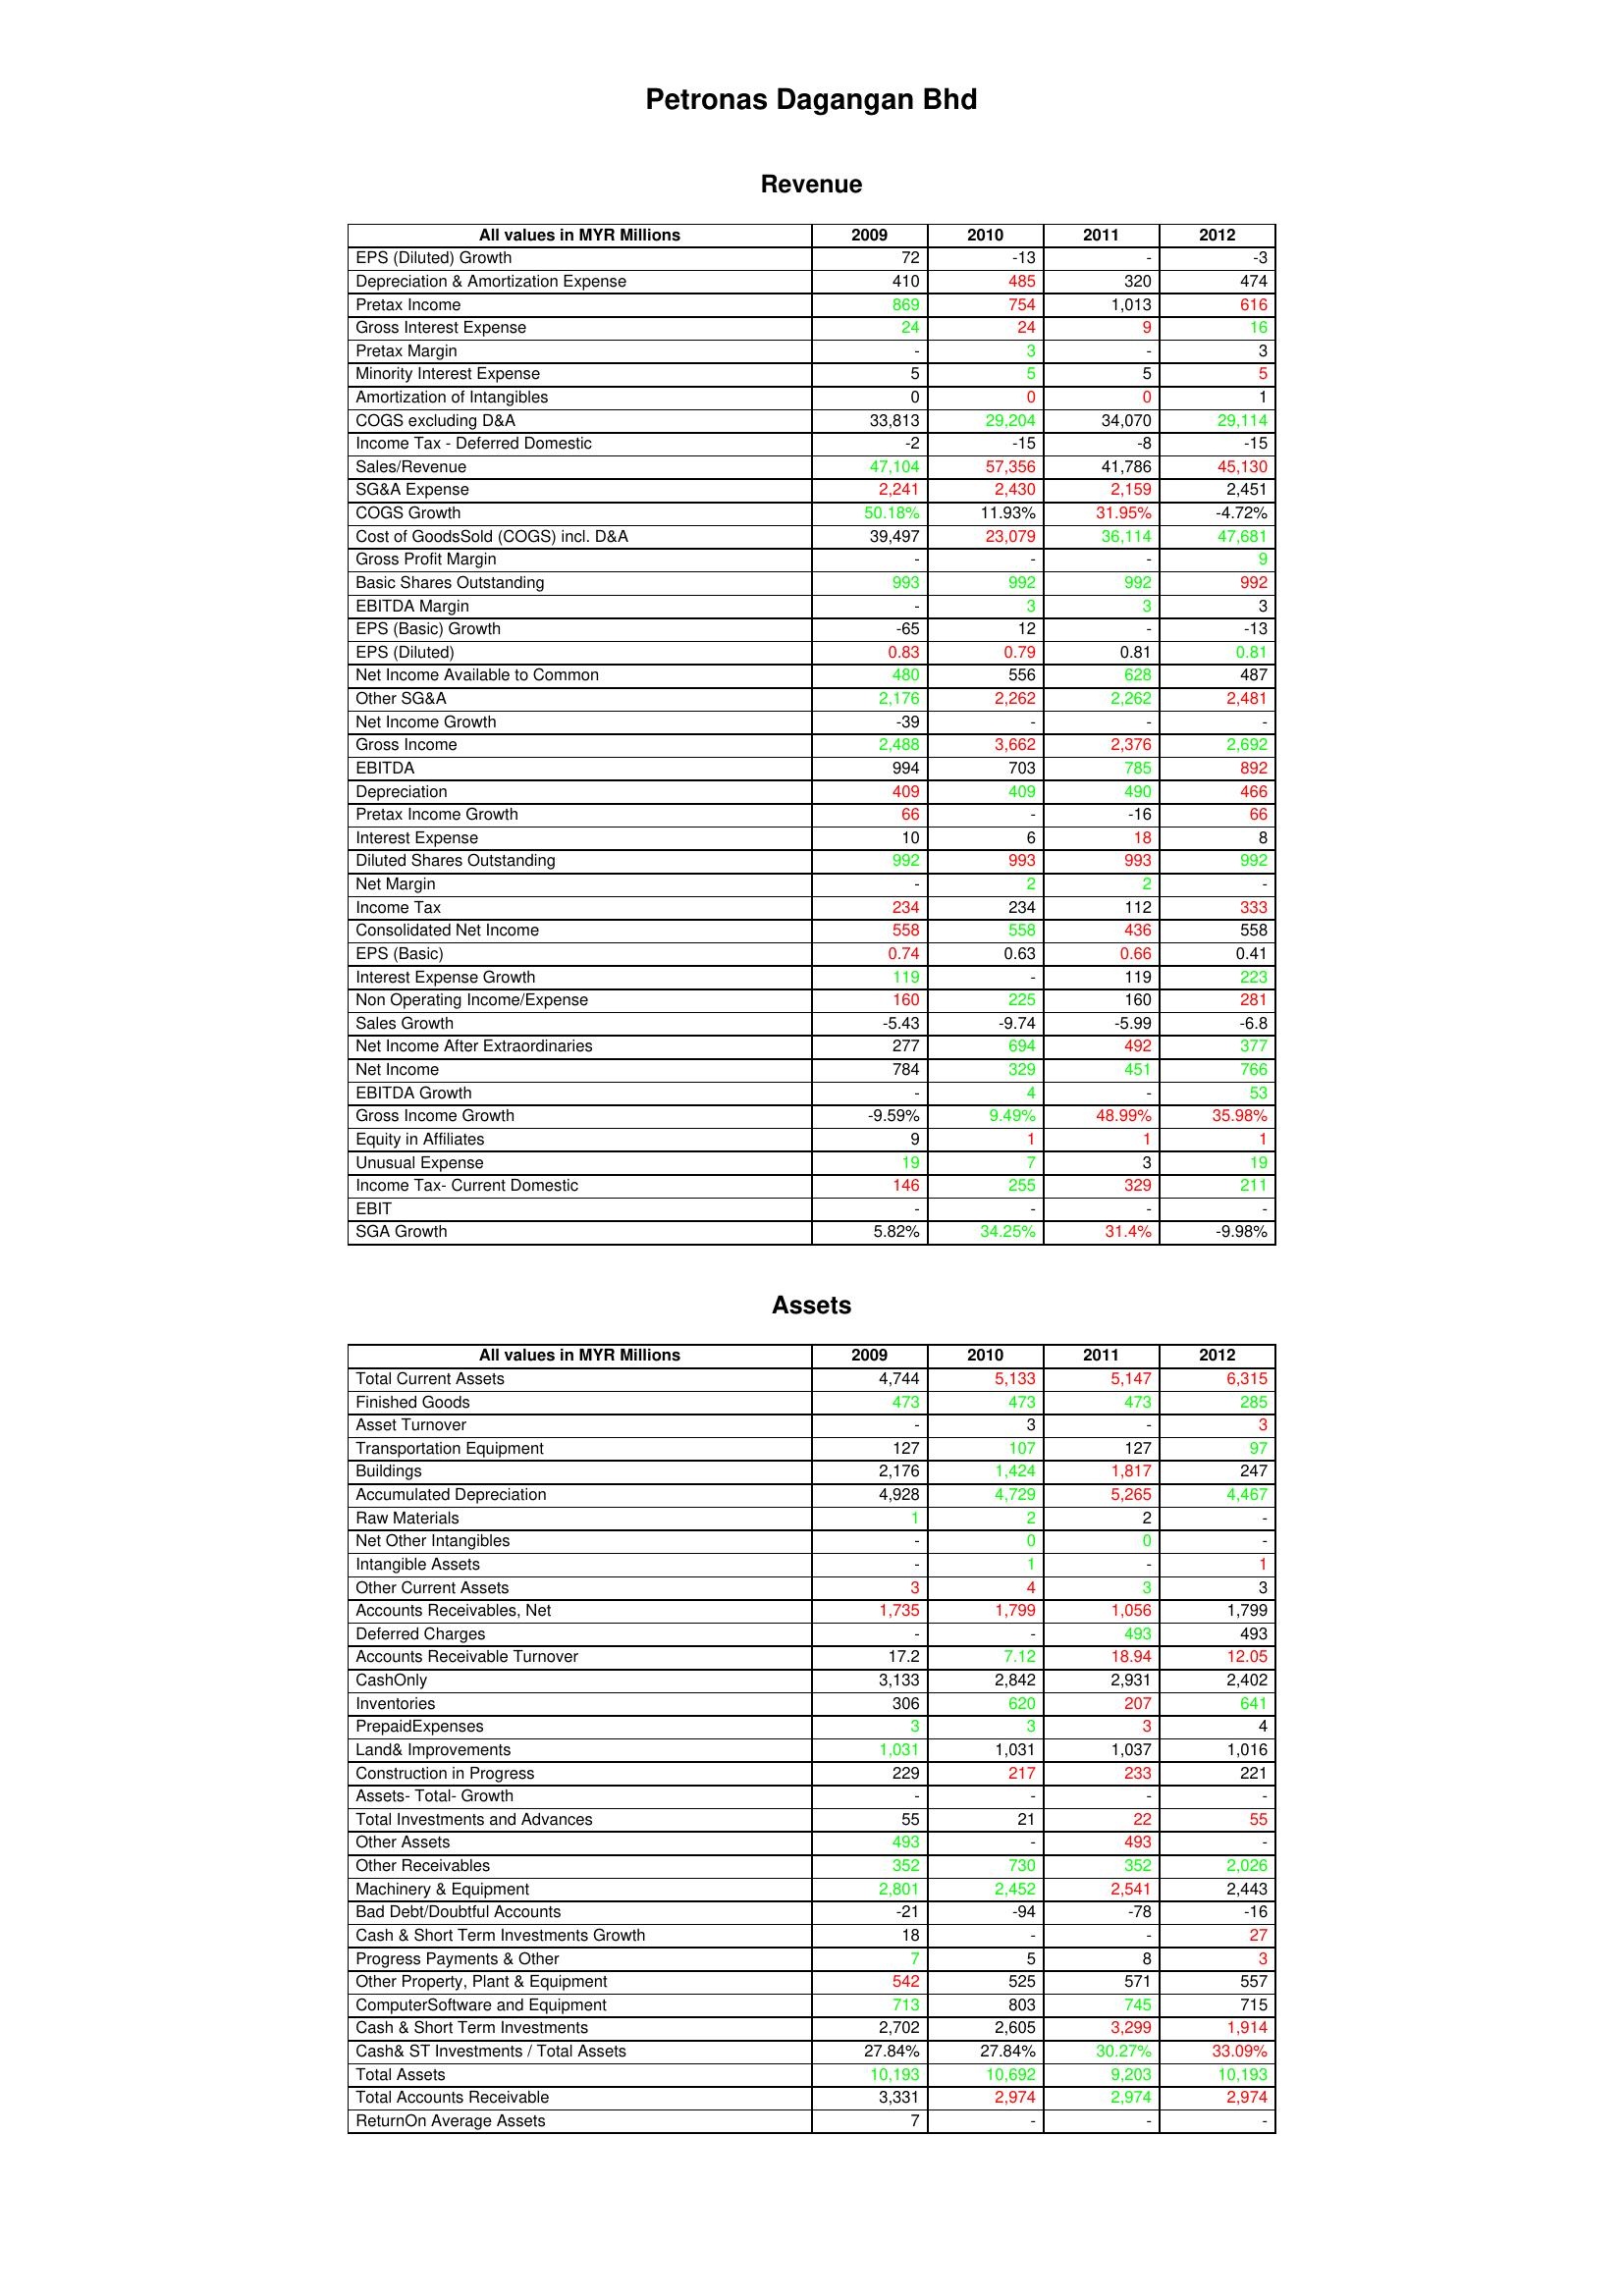
gt_parse: 2009: Revenue: EPS (Diluted) Growth: 72
Depreciation & Amortization Expense: 410
Pretax Income: 869
Gross Interest Expense: 24
Pretax Margin: -
Minority Interest Expense: 5
Amortization of Intangibles: 0
COGS excluding D&A: 33,813
Income Tax - Deferred Domestic: -2
Sales/Revenue: 47,104
SG&A Expense: 2,241
COGS Growth: 50.18%
Cost of GoodsSold (COGS) incl. D&A: 39,497
Gross Profit Margin: -
Basic Shares Outstanding: 993
EBITDA Margin: -
EPS (Basic) Growth: -65
EPS (Diluted): 0.83
Net Income Available to Common: 480
Other SG&A: 2,176
Net Income Growth: -39
Gross Income: 2,488
EBITDA: 994
Depreciation: 409
Pretax Income Growth: 66
Interest Expense: 10
Diluted Shares Outstanding: 992
Net Margin: -
Income Tax: 234
Consolidated Net Income: 558
EPS (Basic): 0.74
Interest Expense Growth: 119
Non Operating Income/Expense: 160
Sales Growth: -5.43
Net Income After Extraordinaries: 277
Net Income: 784
EBITDA Growth: -
Gross Income Growth: -9.59%
Equity in Affiliates: 9
Unusual Expense: 19
Income Tax- Current Domestic: 146
EBIT: -
SGA Growth: 5.82%
Assets: Total Current Assets: 4,744
Finished Goods: 473
Asset Turnover: -
Transportation Equipment: 127
Buildings: 2,176
Accumulated Depreciation: 4,928
Raw Materials: 1
Net Other Intangibles: -
Intangible Assets: -
Other Current Assets: 3
Accounts Receivables, Net: 1,735
Deferred Charges: -
Accounts Receivable Turnover: 17.2
CashOnly: 3,133
Inventories: 306
PrepaidExpenses: 3
Land& Improvements: 1,031
Construction in Progress: 229
Assets- Total- Growth: -
Total Investments and Advances: 55
Other Assets: 493
Other Receivables: 352
Machinery & Equipment: 2,801
Bad Debt/Doubtful Accounts: -21
Cash & Short Term Investments Growth: 18
Progress Payments & Other: 7
Other Property, Plant & Equipment: 542
ComputerSoftware and Equipment: 713
Cash & Short Term Investments: 2,702
Cash& ST Investments / Total Assets: 27.84%
Total Assets: 10,193
Total Accounts Receivable: 3,331
ReturnOn Average Assets: 7
2010: Revenue: EPS (Diluted) Growth: -13
Depreciation & Amortization Expense: 485
Pretax Income: 754
Gross Interest Expense: 24
Pretax Margin: 3
Minority Interest Expense: 5
Amortization of Intangibles: 0
COGS excluding D&A: 29,204
Income Tax - Deferred Domestic: -15
Sales/Revenue: 57,356
SG&A Expense: 2,430
COGS Growth: 11.93%
Cost of GoodsSold (COGS) incl. D&A: 23,079
Gross Profit Margin: -
Basic Shares Outstanding: 992
EBITDA Margin: 3
EPS (Basic) Growth: 12
EPS (Diluted): 0.79
Net Income Available to Common: 556
Other SG&A: 2,262
Net Income Growth: -
Gross Income: 3,662
EBITDA: 703
Depreciation: 409
Pretax Income Growth: -
Interest Expense: 6
Diluted Shares Outstanding: 993
Net Margin: 2
Income Tax: 234
Consolidated Net Income: 558
EPS (Basic): 0.63
Interest Expense Growth: -
Non Operating Income/Expense: 225
Sales Growth: -9.74
Net Income After Extraordinaries: 694
Net Income: 329
EBITDA Growth: 4
Gross Income Growth: 9.49%
Equity in Affiliates: 1
Unusual Expense: 7
Income Tax- Current Domestic: 255
EBIT: -
SGA Growth: 34.25%
Assets: Total Current Assets: 5,133
Finished Goods: 473
Asset Turnover: 3
Transportation Equipment: 107
Buildings: 1,424
Accumulated Depreciation: 4,729
Raw Materials: 2
Net Other Intangibles: 0
Intangible Assets: 1
Other Current Assets: 4
Accounts Receivables, Net: 1,799
Deferred Charges: -
Accounts Receivable Turnover: 7.12
CashOnly: 2,842
Inventories: 620
PrepaidExpenses: 3
Land& Improvements: 1,031
Construction in Progress: 217
Assets- Total- Growth: -
Total Investments and Advances: 21
Other Assets: -
Other Receivables: 730
Machinery & Equipment: 2,452
Bad Debt/Doubtful Accounts: -94
Cash & Short Term Investments Growth: -
Progress Payments & Other: 5
Other Property, Plant & Equipment: 525
ComputerSoftware and Equipment: 803
Cash & Short Term Investments: 2,605
Cash& ST Investments / Total Assets: 27.84%
Total Assets: 10,692
Total Accounts Receivable: 2,974
ReturnOn Average Assets: -
2011: Revenue: EPS (Diluted) Growth: -
Depreciation & Amortization Expense: 320
Pretax Income: 1,013
Gross Interest Expense: 9
Pretax Margin: -
Minority Interest Expense: 5
Amortization of Intangibles: 0
COGS excluding D&A: 34,070
Income Tax - Deferred Domestic: -8
Sales/Revenue: 41,786
SG&A Expense: 2,159
COGS Growth: 31.95%
Cost of GoodsSold (COGS) incl. D&A: 36,114
Gross Profit Margin: -
Basic Shares Outstanding: 992
EBITDA Margin: 3
EPS (Basic) Growth: -
EPS (Diluted): 0.81
Net Income Available to Common: 628
Other SG&A: 2,262
Net Income Growth: -
Gross Income: 2,376
EBITDA: 785
Depreciation: 490
Pretax Income Growth: -16
Interest Expense: 18
Diluted Shares Outstanding: 993
Net Margin: 2
Income Tax: 112
Consolidated Net Income: 436
EPS (Basic): 0.66
Interest Expense Growth: 119
Non Operating Income/Expense: 160
Sales Growth: -5.99
Net Income After Extraordinaries: 492
Net Income: 451
EBITDA Growth: -
Gross Income Growth: 48.99%
Equity in Affiliates: 1
Unusual Expense: 3
Income Tax- Current Domestic: 329
EBIT: -
SGA Growth: 31.4%
Assets: Total Current Assets: 5,147
Finished Goods: 473
Asset Turnover: -
Transportation Equipment: 127
Buildings: 1,817
Accumulated Depreciation: 5,265
Raw Materials: 2
Net Other Intangibles: 0
Intangible Assets: -
Other Current Assets: 3
Accounts Receivables, Net: 1,056
Deferred Charges: 493
Accounts Receivable Turnover: 18.94
CashOnly: 2,931
Inventories: 207
PrepaidExpenses: 3
Land& Improvements: 1,037
Construction in Progress: 233
Assets- Total- Growth: -
Total Investments and Advances: 22
Other Assets: 493
Other Receivables: 352
Machinery & Equipment: 2,541
Bad Debt/Doubtful Accounts: -78
Cash & Short Term Investments Growth: -
Progress Payments & Other: 8
Other Property, Plant & Equipment: 571
ComputerSoftware and Equipment: 745
Cash & Short Term Investments: 3,299
Cash& ST Investments / Total Assets: 30.27%
Total Assets: 9,203
Total Accounts Receivable: 2,974
ReturnOn Average Assets: -
2012: Revenue: EPS (Diluted) Growth: -3
Depreciation & Amortization Expense: 474
Pretax Income: 616
Gross Interest Expense: 16
Pretax Margin: 3
Minority Interest Expense: 5
Amortization of Intangibles: 1
COGS excluding D&A: 29,114
Income Tax - Deferred Domestic: -15
Sales/Revenue: 45,130
SG&A Expense: 2,451
COGS Growth: -4.72%
Cost of GoodsSold (COGS) incl. D&A: 47,681
Gross Profit Margin: 9
Basic Shares Outstanding: 992
EBITDA Margin: 3
EPS (Basic) Growth: -13
EPS (Diluted): 0.81
Net Income Available to Common: 487
Other SG&A: 2,481
Net Income Growth: -
Gross Income: 2,692
EBITDA: 892
Depreciation: 466
Pretax Income Growth: 66
Interest Expense: 8
Diluted Shares Outstanding: 992
Net Margin: -
Income Tax: 333
Consolidated Net Income: 558
EPS (Basic): 0.41
Interest Expense Growth: 223
Non Operating Income/Expense: 281
Sales Growth: -6.8
Net Income After Extraordinaries: 377
Net Income: 766
EBITDA Growth: 53
Gross Income Growth: 35.98%
Equity in Affiliates: 1
Unusual Expense: 19
Income Tax- Current Domestic: 211
EBIT: -
SGA Growth: -9.98%
Assets: Total Current Assets: 6,315
Finished Goods: 285
Asset Turnover: 3
Transportation Equipment: 97
Buildings: 247
Accumulated Depreciation: 4,467
Raw Materials: -
Net Other Intangibles: -
Intangible Assets: 1
Other Current Assets: 3
Accounts Receivables, Net: 1,799
Deferred Charges: 493
Accounts Receivable Turnover: 12.05
CashOnly: 2,402
Inventories: 641
PrepaidExpenses: 4
Land& Improvements: 1,016
Construction in Progress: 221
Assets- Total- Growth: -
Total Investments and Advances: 55
Other Assets: -
Other Receivables: 2,026
Machinery & Equipment: 2,443
Bad Debt/Doubtful Accounts: -16
Cash & Short Term Investments Growth: 27
Progress Payments & Other: 3
Other Property, Plant & Equipment: 557
ComputerSoftware and Equipment: 715
Cash & Short Term Investments: 1,914
Cash& ST Investments / Total Assets: 33.09%
Total Assets: 10,193
Total Accounts Receivable: 2,974
ReturnOn Average Assets: -